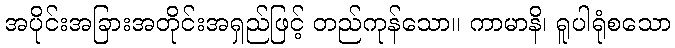
အပိုင်းအခြားအတိုင်းအရှည်ဖြင့် တည်ကုန်သော။ ကာမာနိ၊ ရူပါရုံစသော